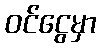
ဝင်ငွေမှာ